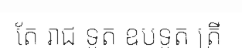
តែ រាជ ទូត ឧបទូត ត្រី